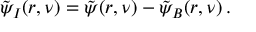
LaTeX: \tilde { \psi } _ { I } ( r , \nu ) = \tilde { \psi } ( r , \nu ) - \tilde { \psi } _ { B } ( r , \nu ) \, .